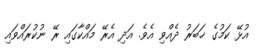
އުޅޭ ކަމުގެ ޚަބަރު ދެއްވި އެވެ. އަދި އެރޭ މައްކާގައި ރޭ ނުކުރައްވައި